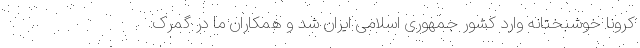
کرونا خوشبختانه وارد کشور جمهوری اسلامی ایران شد و همکاران ما در گمرک